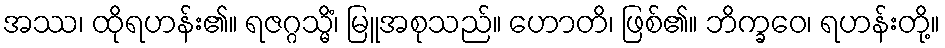
အဿ၊ ထိုရဟန်း၏။ ရဇဂ္ဂသ္မိံ၊ မြူအစုသည်။ ဟောတိ၊ ဖြစ်၏။ ဘိက္ခဝေ၊ ရဟန်းတို့။